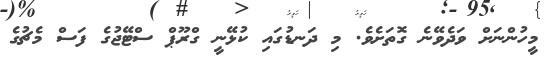
މީހުންނަށް ވަދެވޭނެ ގޮތަށެވެ. މި ދަނޑުގައި ކުޅޭނީ ގްރޫޕް ސްޓޭޖުގެ ފަސް މެޗުގެ